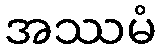
အဿမံ